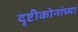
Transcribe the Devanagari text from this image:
दृष्टीकोनांच्या